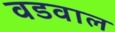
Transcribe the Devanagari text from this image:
वडवाल